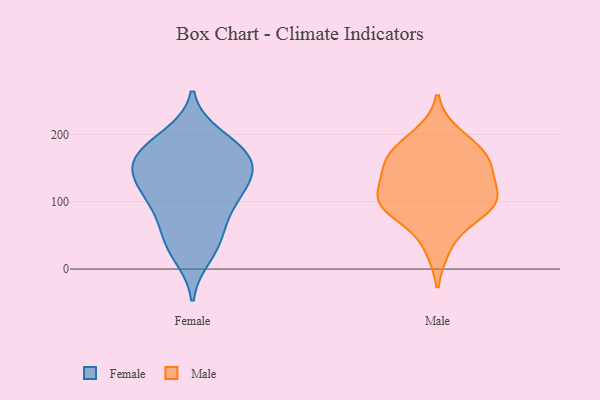
{"axis": {"x": "Waste Production (Tons)", "y": "Value"}, "legend": ["Female", "Male"], "data": [{"x": "", "y": 197, "type": "Female"}, {"x": "", "y": 188, "type": "Female"}, {"x": "", "y": 172, "type": "Female"}, {"x": "", "y": 41, "type": "Female"}, {"x": "", "y": 139, "type": "Female"}, {"x": "", "y": 104, "type": "Female"}, {"x": "", "y": 20, "type": "Female"}, {"x": "", "y": 170, "type": "Female"}, {"x": "", "y": 116, "type": "Female"}, {"x": "", "y": 145, "type": "Female"}, {"x": "", "y": 127, "type": "Female"}, {"x": "", "y": 160, "type": "Female"}, {"x": "", "y": 158, "type": "Female"}, {"x": "", "y": 95, "type": "Female"}, {"x": "", "y": 75, "type": "Female"}, {"x": "", "y": 43, "type": "Female"}, {"x": "", "y": 94, "type": "Male"}, {"x": "", "y": 138, "type": "Male"}, {"x": "", "y": 32, "type": "Male"}, {"x": "", "y": 199, "type": "Male"}, {"x": "", "y": 107, "type": "Male"}, {"x": "", "y": 173, "type": "Male"}, {"x": "", "y": 163, "type": "Male"}, {"x": "", "y": 119, "type": "Male"}, {"x": "", "y": 96, "type": "Male"}, {"x": "", "y": 84, "type": "Male"}, {"x": "", "y": 151, "type": "Male"}, {"x": "", "y": 173, "type": "Male"}, {"x": "", "y": 90, "type": "Male"}]}